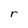
Character: r